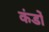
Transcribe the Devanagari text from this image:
कंडों